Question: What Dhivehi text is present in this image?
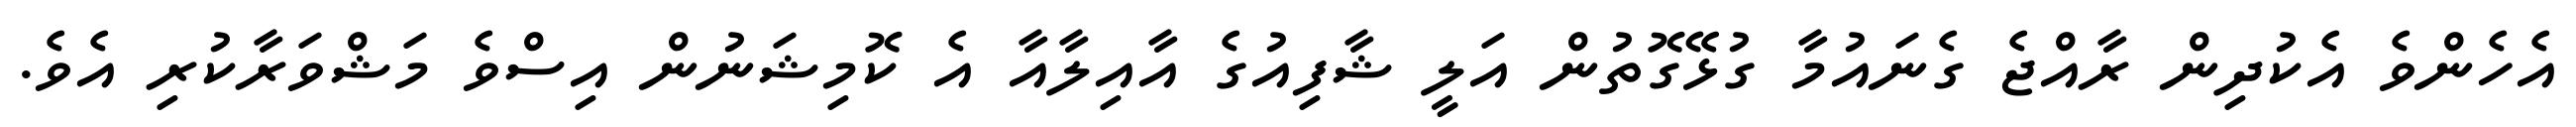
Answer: އެހެންވެ އެކުދިން ރާއްޖެ ގެނައުމާ ގުޅޭގޮތުން އަލީ ޝާފިއުގެ އާއިލާއާ އެ ކޮމިޝަނުން އިސްވެ މަޝްވަރާކުރި އެވެ.